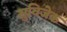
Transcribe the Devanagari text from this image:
सुविजेक